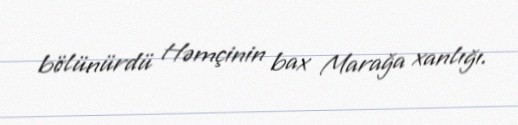
bölünürdü Həmçinin bax Marağa xanlığı.